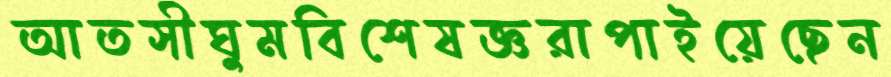
আতসীঘুমবিশেষজ্ঞরাপাইয়েছেন